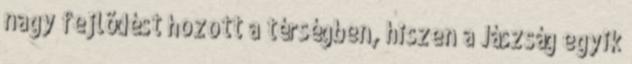
nagy fejlõdést hozott a térségben, hiszen a Jászság egyik